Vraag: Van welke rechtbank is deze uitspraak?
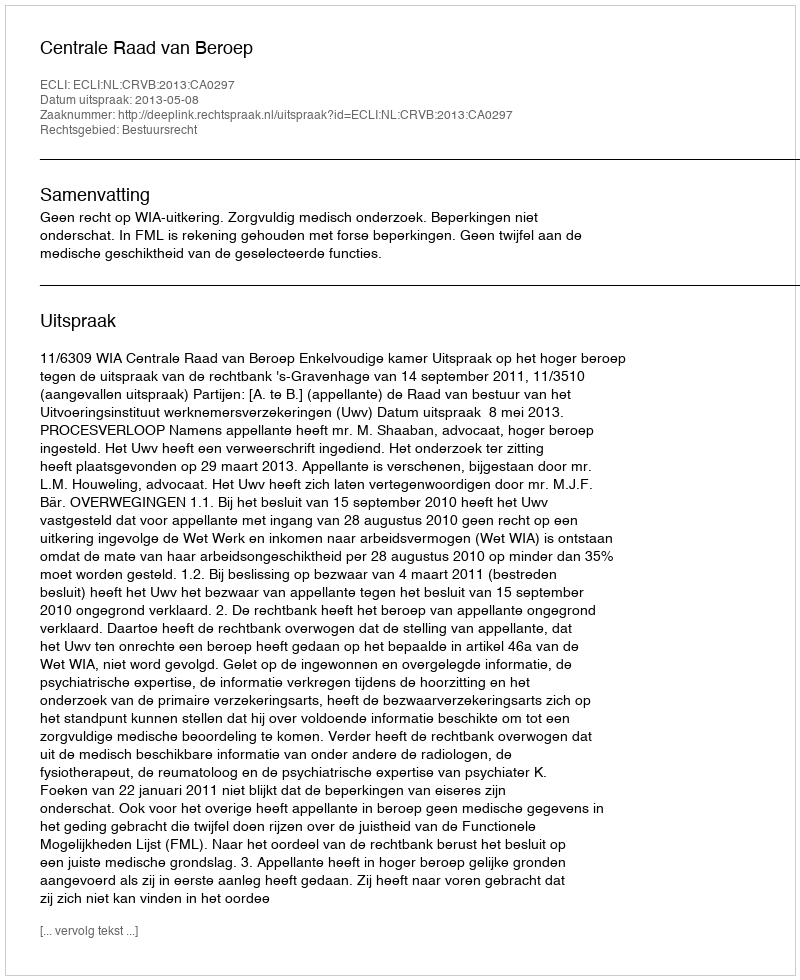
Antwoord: Centrale Raad van Beroep